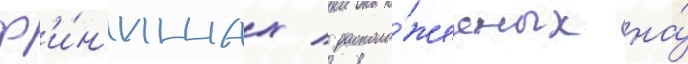
ф'и́н'ишах / располо́женных на́